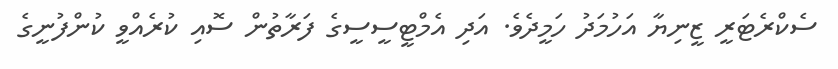
ސެކްރެޓަރީ ޒީނިޔާ އަހުމަދު ހަމީދެވެ. އަދި އެމްޓީސީސީގެ ފަރާތުން ސޮއި ކުރެއްވީ ކުންފުނީގެ